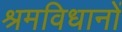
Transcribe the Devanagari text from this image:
श्रमविधानों